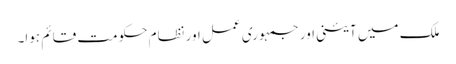
ملک میں آئینی اور جمہوری عمل اور نظام حکومت قائم ہوا۔